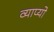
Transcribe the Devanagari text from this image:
व्याप्यो